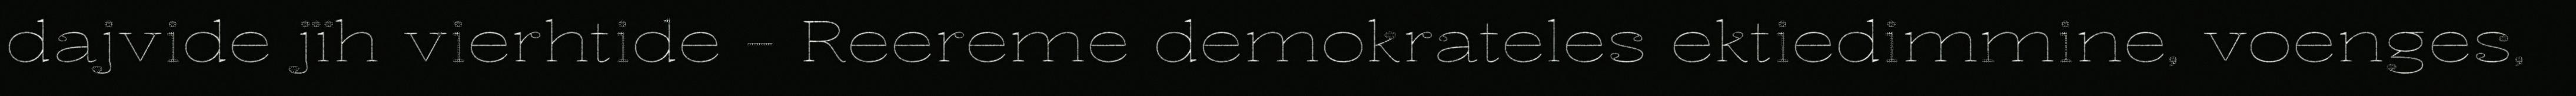
dajvide jïh vierhtide - Reereme demokrateles ektiedimmine, voenges,